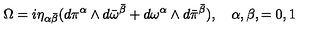
\Omega = i \eta _ { \alpha { \bar { \beta } } } ( d \pi ^ { \alpha } \wedge d { \bar { \omega } } ^ { \bar { \beta } } + d { \omega } ^ { \alpha } \wedge d { \bar { \pi } } ^ { { \bar { \beta } } } ) , \quad \alpha , \beta , = 0 , 1